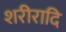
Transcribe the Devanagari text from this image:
शरीरादि